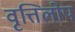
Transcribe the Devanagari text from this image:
वृत्तिलोप